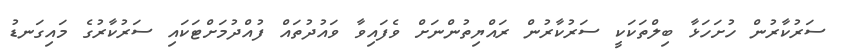
ސަރުކާރުން ހުށަހަޅާ ބިލްތަކަކީ ސަރުކާރުން ރައްޔިތުންނަށް ވެފައިވާ ވައުދުތައް ފުއްދުމަށްޓަކައި ސަރުކާރުގެ މައިގަނޑު